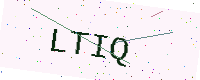
Text: LTIQ